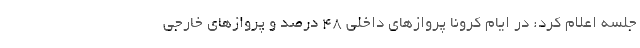
جلسه اعلام کرد: در ایام کرونا پروازهای داخلی ۴۸ درصد و پروازهای خارجی